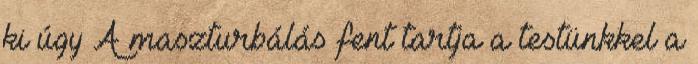
ki úgy A maszturbálás fent tartja a testünkkel a